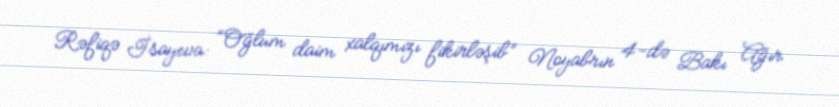
Rəfiqə İsayeva: “Oğlum daim xalqımızı fikirləşib” Noyabrın 4-də Bakı Ağır